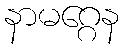
နာမဂ္ဂေန